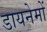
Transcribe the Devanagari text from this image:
डायनेमों